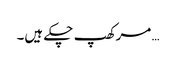
… مرکھپ چکے ہیں۔